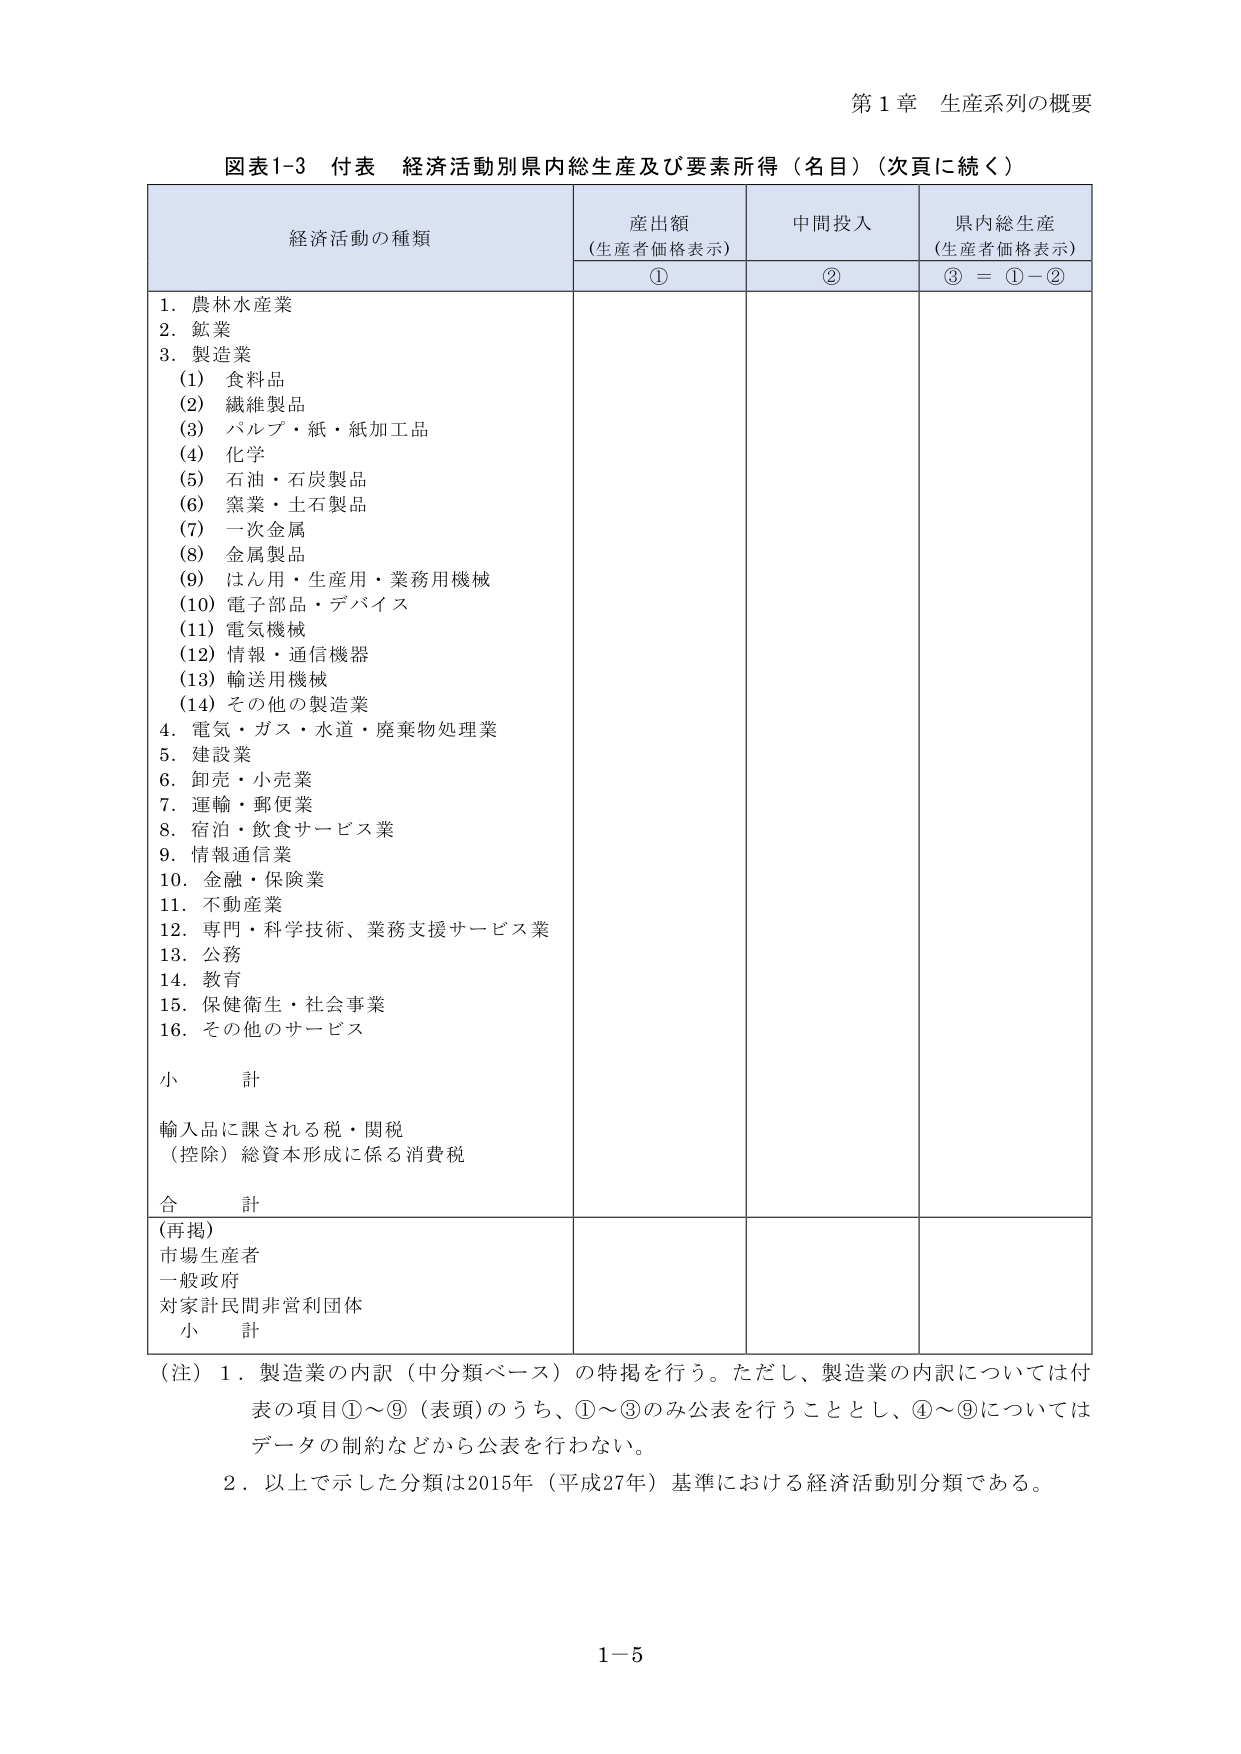
第１章 生産系列の概要

図表1-3 付表 経済活動別県内総生産及び要素所得（名目）（次頁に続く）

経済活動の種類　　　　　　　　　　　　　　産出額　　　　　　　中間投入　　　　　　　県内総生産
　　　　　　　　　　　　　　　　　　（生産者価格表示）　　　　　　　　　　　　（生産者価格表示）
　　　　　　　　　　　　　　　　　　　　①　　　　　　　　　　　②　　　　　　　　　　③＝①－②

1．農林水産業
2．鉱業
3．製造業
　　(1) 食料品
　　(2) 繊維製品
　　(3) パルプ・紙・紙加工品
　　(4) 化学
　　(5) 石油・石炭製品
　　(6) 窯業・土石製品
　　(7) 一次金属
　　(8) 金属製品
　　(9) はん用・生産用・業務用機械
　　(10) 電子部品・デバイス
　　(11) 電気機械
　　(12) 情報・通信機器
　　(13) 輸送用機械
　　(14) その他の製造業
4．電気・ガス・水道・廃棄物処理業
5．建設業
6．卸売・小売業
7．運輸・郵便業
8．宿泊・飲食サービス業
9．情報通信業
10．金融・保険業
11．不動産業
12．専門・科学技術、業務支援サービス業
13．公務
14．教育
15．保健衛生・社会事業
16．その他のサービス

小　　計

輸入品に課される税・関税
（控除）総資本形成に係る消費税

合　　計

（再掲）
市場生産者
一般政府
対家計民間非営利団体
小　　計

（注）1．製造業の内訳（中分類ベース）の特掲を行う。ただし、製造業の内訳については付表の項目①～⑨（表頭）のうち、①～③のみ公表を行うこととし、④～⑨についてはデータの制約などから公表を行わない。
　　　2．以上で示した分類は2015年（平成27年）基準における経済活動別分類である。

1－5